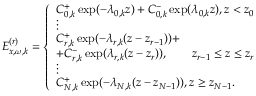
E _ { x , \omega , k } ^ { ( r ) } = \left\{ \begin{array} { l } { C _ { 0 , k } ^ { + } \exp ( - \lambda _ { 0 , k } z ) + C _ { 0 , k } ^ { - } \exp ( \lambda _ { 0 , k } z ) , z < z _ { 0 } } \\ { \vdots } \\ { C _ { r , k } ^ { + } \exp ( - \lambda _ { r , k } ( z - z _ { r - 1 } ) ) + } \\ { + C _ { r , k } ^ { - } \exp ( \lambda _ { r , k } ( z - z _ { r } ) ) , \quad \quad z _ { r - 1 } \leq z \leq z _ { r } } \\ { \vdots } \\ { C _ { N , k } ^ { + } \exp ( - \lambda _ { N , k } ( z - z _ { N - 1 } ) ) , z \geq z _ { N - 1 } . } \end{array} \right.